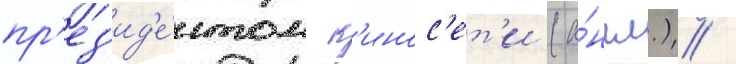
пр'ез'ид'е́нтом к'инос'ет'и (а́нгл.) /